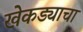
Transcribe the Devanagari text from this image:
खेकड्याचा